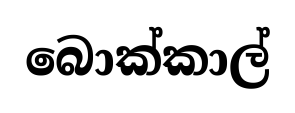
බොක්කාල්